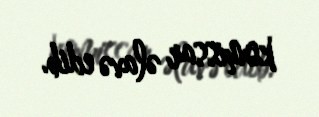
komissar əlavə edib.